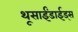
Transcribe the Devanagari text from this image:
थूसाईंडाईड्स